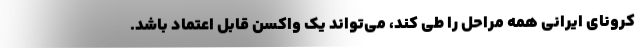
کرونای ایرانی همه مراحل را طی کند، می‌تواند یک واکسن قابل اعتماد باشد.